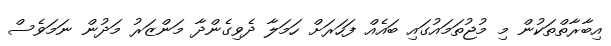
އިބާރާތްތަކުން މި މުޖުތަމައުގައި ބައެއް ފަހަރަށް ހަމަލާ ދެވިގެންދާ މަންޒަރު މަދުން ނަމަވެސް